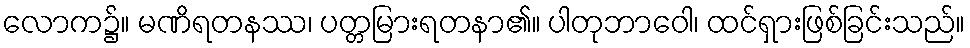
လောက၌။ မဏိရတနဿ၊ ပတ္တမြားရတနာ၏။ ပါတုဘာဝေါ၊ ထင်ရှားဖြစ်ခြင်းသည်။